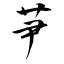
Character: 芛